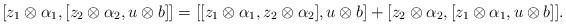
LaTeX: \begin{align*}[z_{1}\otimes\alpha_{1},[z_{2}\otimes\alpha_{2},u\otimes b]]=[[z_{1}\otimes\alpha_{1},z_{2}\otimes\alpha_{2}],u\otimes b]+[z_{2}\otimes\alpha_{2},[z_{1}\otimes\alpha_{1},u\otimes b]].\end{align*}